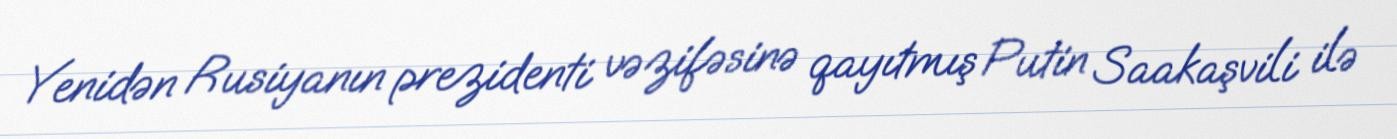
Yenidən Rusiyanın prezidenti vəzifəsinə qayıtmış Putin Saakaşvili ilə